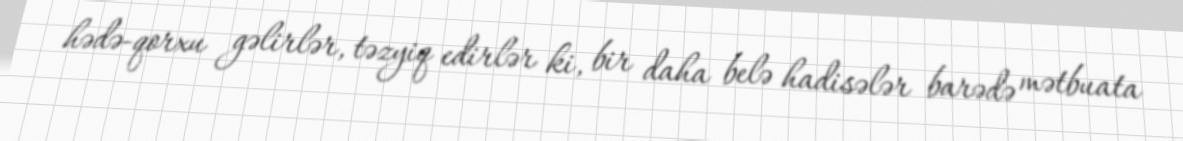
hədə-qorxu gəlirlər, təzyiq edirlər ki, bir daha belə hadisələr barədə mətbuata